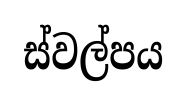
ස්වල්පය